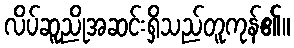
လိပ်ဆူညိုအဆင်းရှိသည်တူကုန်၏။